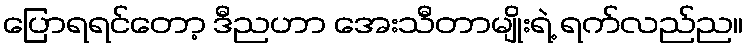
ပြောရရင်တော့ ဒီညဟာ အေးသီတာမျိုးရဲ့ ရက်လည်ည။